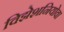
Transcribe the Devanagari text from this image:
विझेशनियोवा